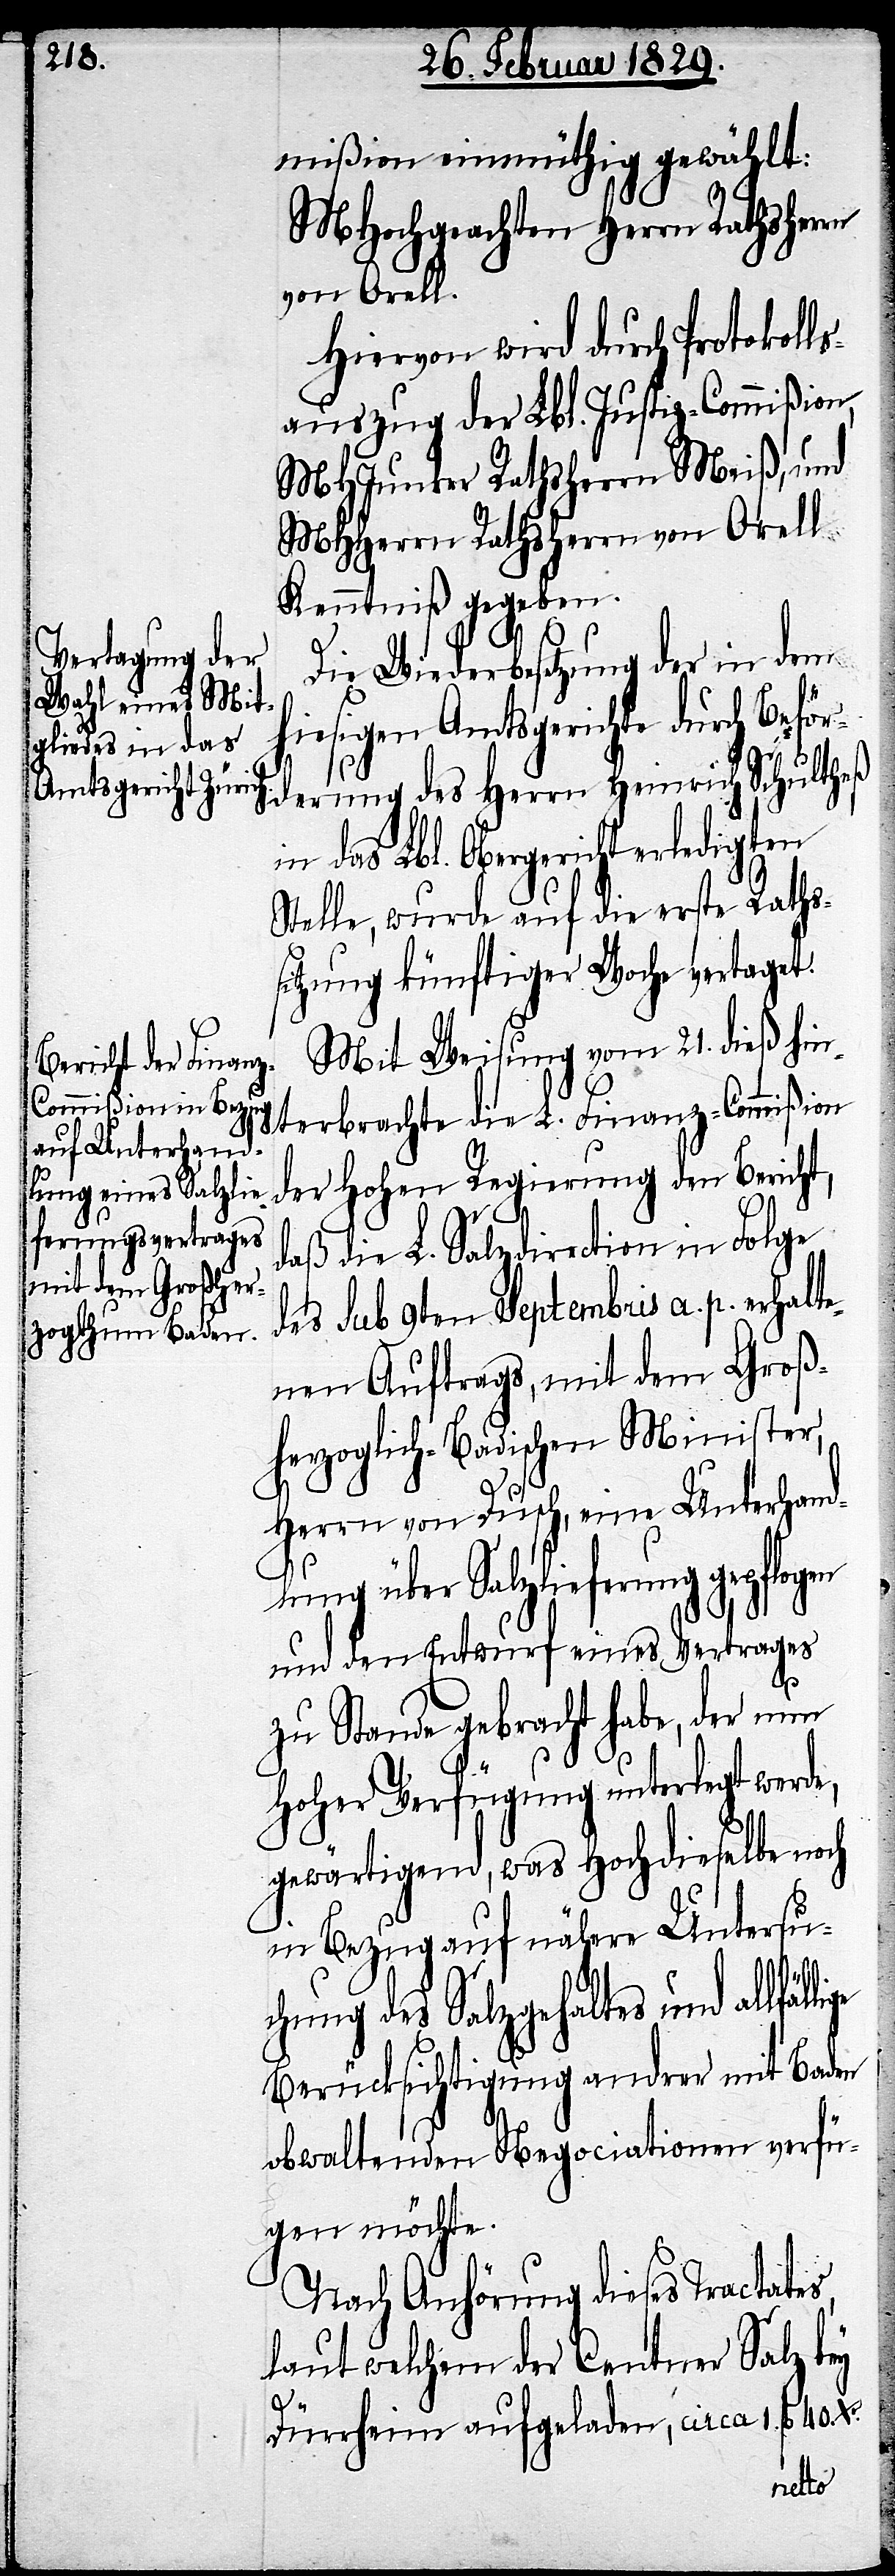
mißion einmüthig gewählt:
MHochgeachten Herren Rathsherrn
von Orell.
Hiervon wird durch Protokoll¬
sauszug der Lbl. Justiz-Commißion,
MHJunker Rathsherr Meiß, und
MHHerrn Rathsherrn von Orell
Kenntniß gegeben.
40. Xr.
Die Wiederbesetzung der in dem
hiesigen Amtsgerichte durch Bef¬
örderung des Herrn Heinrich Schultheß
das Lbl. Obergericht erledigten
Stelle, wurde auf die erste Raths¬
sitzung künftiger Woche vertaget.
Mit Weisung vom 21. dieß hin¬
terbrachte die L. Finanz-Commißion
der Hohen Regierung den Bericht,
daß die L. Salzdirection in Folge
des sub 9ten Septembris a. p. erhalte¬
nen Auftrags, mit dem Groß¬
herzoglich-Badischen Minister,
Herrn von Dusch, eine Unterhand¬
lung über Salzlieferung gepflog¬
und den Entwurf eines Vertrages
zu Stande gebracht habe, der nun
Hoher Verfügung unterlegt werd¬
gewärtigend, was Hochdieselbe noch
in Bezug auf nähere Untersu¬
s,
chung des Salzgehaltes und allfällige
Berücksichtigung andrer mit Baden
obwaltenden Negociationen verfü¬
gen möchte.
Nach Anhörung dieses Tractate¬
laut welchem der Centner Salz bey
e,
Dürrheim aufgeladen, circa 1. fl.